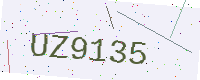
Text: UZ9135